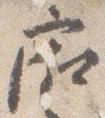
廂